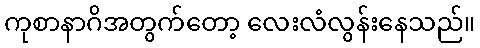
ကုစာနာဂိအတွက်တော့ လေးလံလွန်းနေသည်။